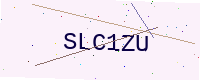
Text: SLC1ZU